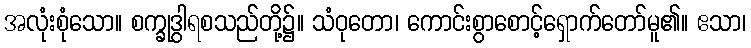
အလုံးစုံသော။ စက္ခုဒွါရစသည်တို့၌။ သံဝုတော၊ ကောင်းစွာစောင့်ရှောက်တော်မူ၏။ ဧသာ၊